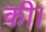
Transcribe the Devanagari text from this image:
की।